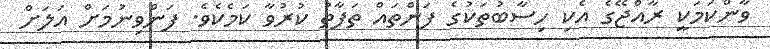
ވާންކަމަކީ ރާއްޖޭގެ އެކި ހިސާބުތަކުގެ ފަންތައް ތަފާތު ކުރުވާ ކަމެކެވެ. ފަންވިނުމަށް އަލަށް